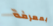
بمعرفة